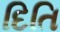
દિતિ